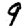
Digit: 9